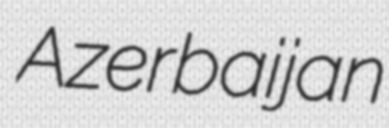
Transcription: Azerbaijan